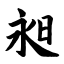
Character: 昶